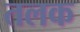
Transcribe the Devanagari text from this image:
तलक